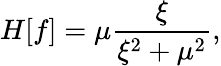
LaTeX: H[f]=\mu\frac{\xi}{\xi^{2}+\mu^{2}},